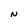
Character: N